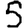
Digit: 5